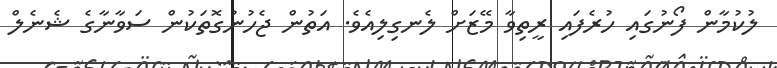
ލުކުމާން ފޯނުގައި ހުރެފައި ރީތިވާ މޭޒަށް ލެނގިލިއެވެ. އަތުން ޖެހުނުގޮތަކުން ސަވާނާގެ ޝެނެލް